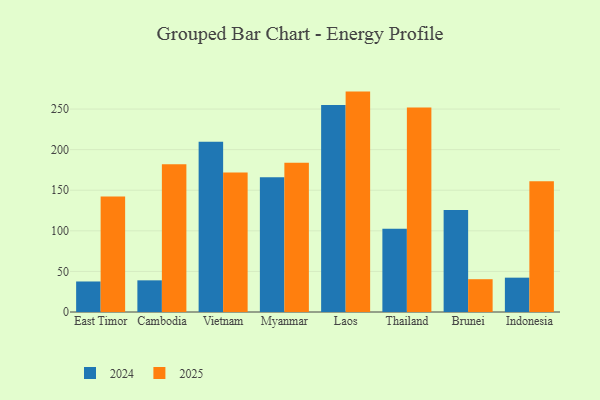
{"axis": {"x": "Country", "y": "Active Users"}, "legend": ["2024", "2025"], "data": [{"x": "East Timor", "y": 142.4, "type": "2025"}, {"x": "East Timor", "y": 37.6, "type": "2024"}, {"x": "Cambodia", "y": 181.9, "type": "2025"}, {"x": "Cambodia", "y": 39.0, "type": "2024"}, {"x": "Vietnam", "y": 171.7, "type": "2025"}, {"x": "Vietnam", "y": 209.7, "type": "2024"}, {"x": "Myanmar", "y": 183.7, "type": "2025"}, {"x": "Myanmar", "y": 166.1, "type": "2024"}, {"x": "Laos", "y": 271.5, "type": "2025"}, {"x": "Laos", "y": 254.9, "type": "2024"}, {"x": "Thailand", "y": 251.9, "type": "2025"}, {"x": "Thailand", "y": 102.4, "type": "2024"}, {"x": "Brunei", "y": 40.4, "type": "2025"}, {"x": "Brunei", "y": 125.8, "type": "2024"}, {"x": "Indonesia", "y": 161.1, "type": "2025"}, {"x": "Indonesia", "y": 42.3, "type": "2024"}]}